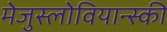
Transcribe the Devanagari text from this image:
मेजुस्लोवियान्स्की